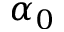
\alpha _ { 0 }